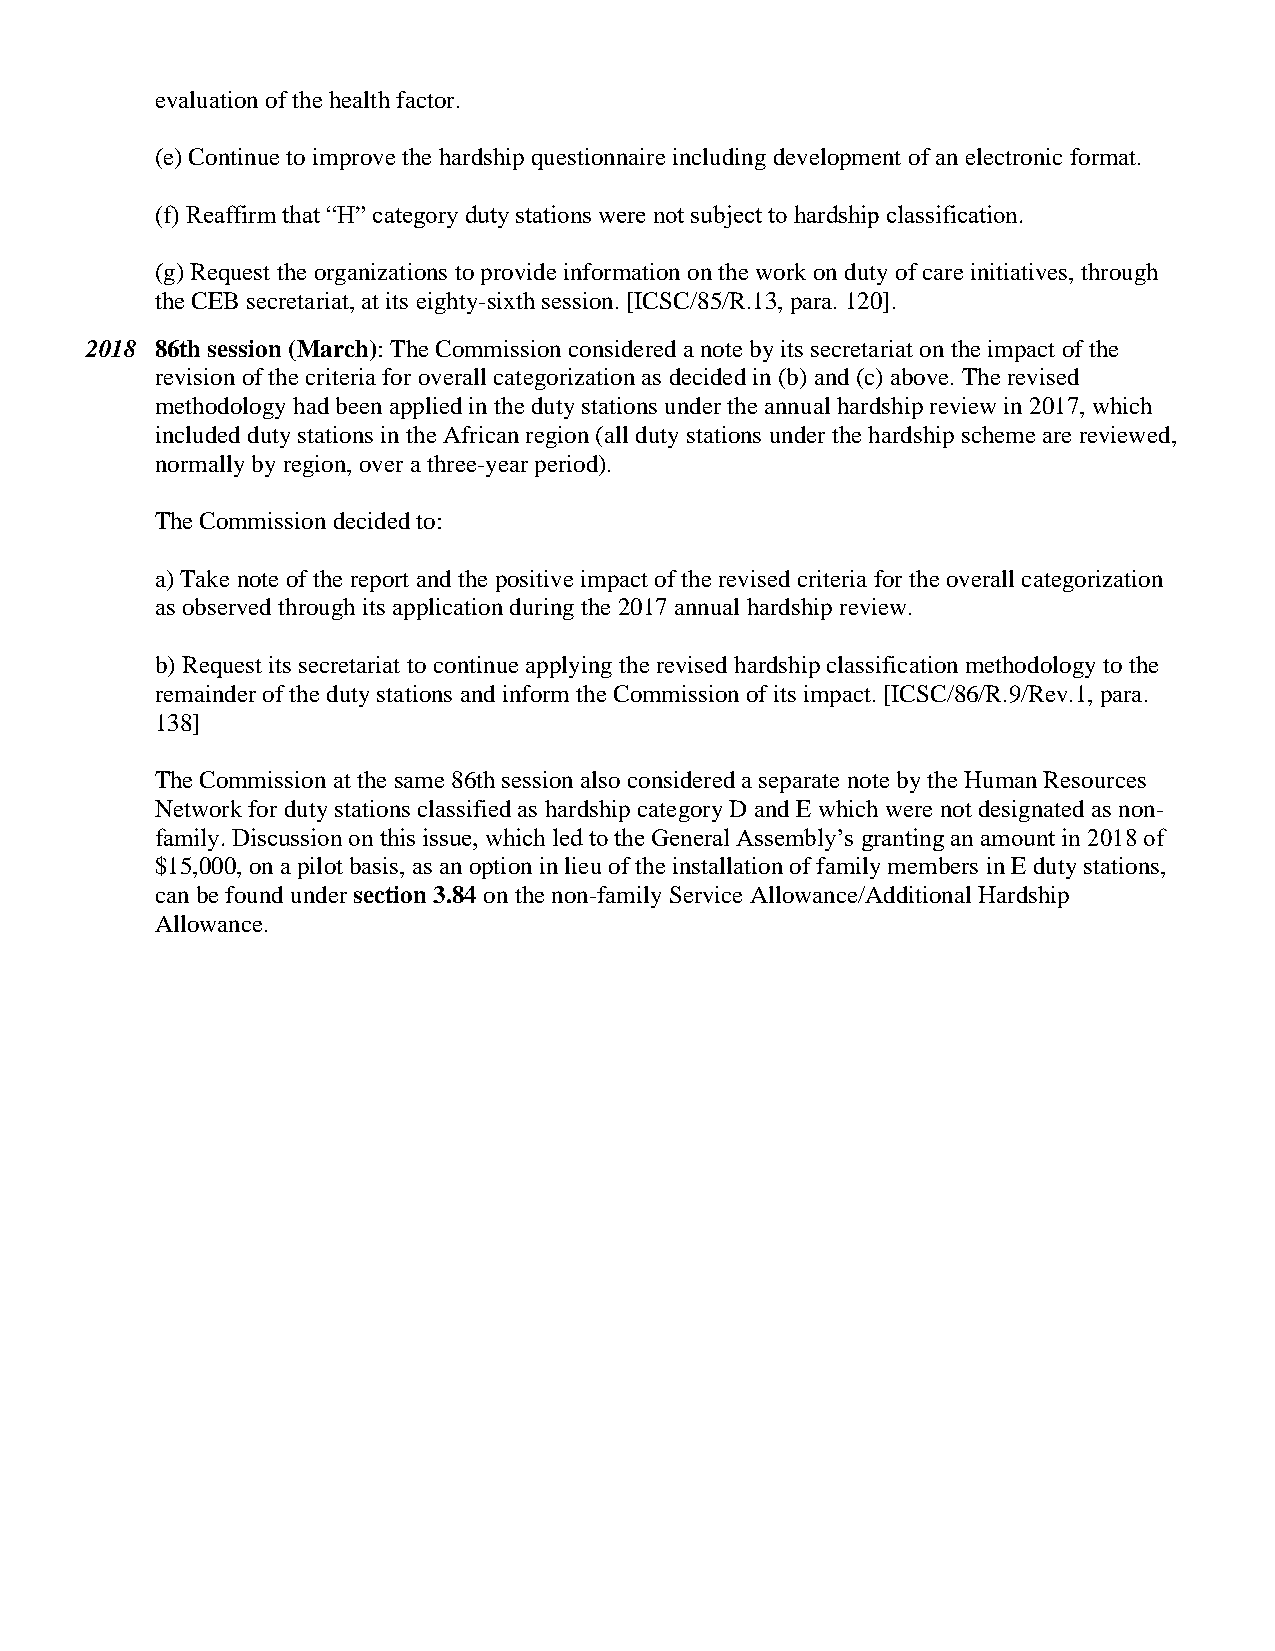
evaluation of the health factor.
 (e) Continue to improve the hardship questionnaire including development of an electronic format.
 (f) Reaffirm that “H” category duty stations were not subject to hardship classification.
 (g) Request the organizations to provide information on the work on duty of care initiatives, through
 the CEB secretariat, at its eighty-sixth session. [ICSC/85/R.13, para. 120].
 2018 86th session (March): The Commission considered a note by its secretariat on the impact of the
 revision of the criteria for overall categorization as decided in (b) and (c) above. The revised
 methodology had been applied in the duty stations under the annual hardship review in 2017, which
 included duty stations in the African region (all duty stations under the hardship scheme are reviewed,
 normally by region, over a three-year period).
 The Commission decided to:
 a) Take note of the report and the positive impact of the revised criteria for the overall categorization
 as observed through its application during the 2017 annual hardship review.
 b) Request its secretariat to continue applying the revised hardship classification methodology to the
 remainder of the duty stations and inform the Commission of its impact. [ICSC/86/R.9/Rev.1, para.
 138]
 The Commission at the same 86th session also considered a separate note by the Human Resources
 Network for duty stations classified as hardship category D and E which were not designated as non-
 family. Discussion on this issue, which led to the General Assembly’s granting an amount in 2018 of
 $15,000, on a pilot basis, as an option in lieu of the installation of family members in E duty stations,
 can be found under section 3.84 on the non-family Service Allowance/Additional Hardship
 Allowance.